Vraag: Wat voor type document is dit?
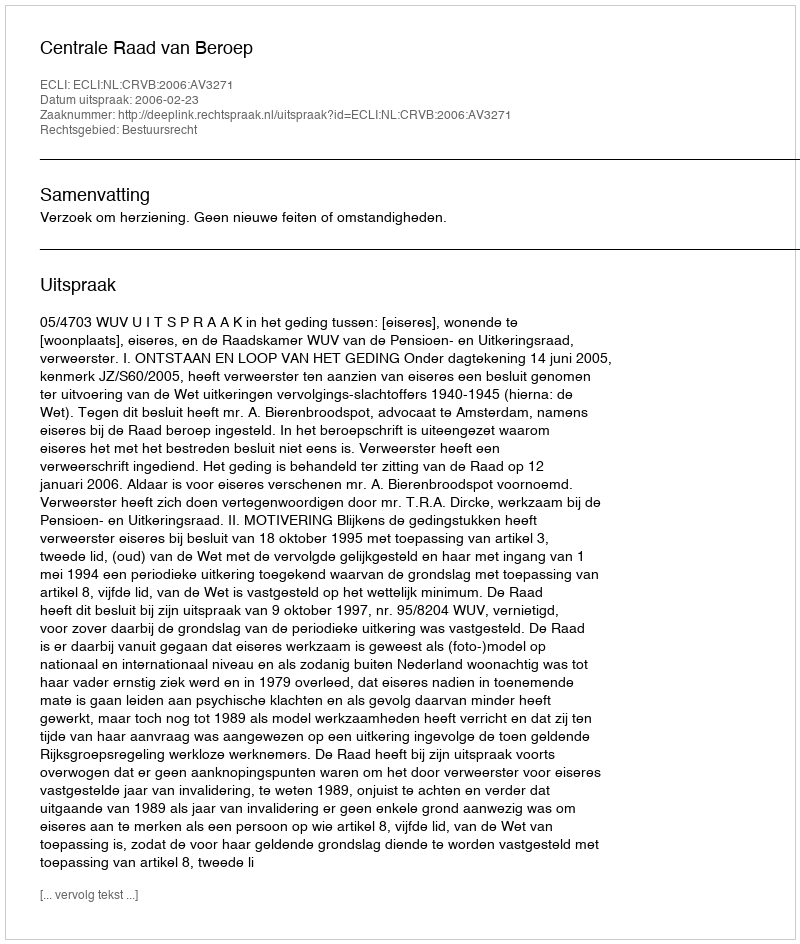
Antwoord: Uitspraak